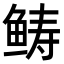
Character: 𩾂